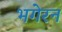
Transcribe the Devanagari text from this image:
भगेरन